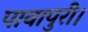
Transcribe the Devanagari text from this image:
पावापुरी।